system: You are a helpful assistant.
user:
Analyze the provided spectrum to determine if it is a **M-type Giant (gM)**.

A M-type Giant spectrum is defined by its **strong molecular absorption** features, particularly from **Titanium Oxide (TiO)**. You must check for one of the following mutually exclusive signatures:

- **Key Visual Indicators (Absorption-Dominated Spectrum):**

    - **(Primary):** The spectrum is dominated by strong molecular absorption from **Titanium Oxide (TiO)**. This is the **defining feature** of its M-type temperature class.
        - **(Key Bandheads):** Look for sharp, "saw-tooth" absorption valleys. The strongest are located near **~7050 Å**, **~6160 Å**, and **~5170 Å**.
        - **(Line Profile):** The "saw-tooth" morphology is critical: a **sharp, steep drop on the BLUE (short-wavelength) side** of the bandhead, followed by a gradual recovery (rising flux) towards the RED (long-wavelength) side.

    - **(Key Confirmation - Giant vs. Dwarf):** **ABSENCE** of strong **Calcium Hydride (CaH)** molecular bands. This is the primary diagnostic for *excluding* M-dwarfs.
        - **(Key Region):** The spectrum should lack the strong, broad absorption band seen in dwarfs between **~6800 Å and ~7000 Å**.

    - **(Secondary Confirmation - Giant):** A very strong and broad **Neutral Calcium (Ca I)** atomic absorption line.
        - **(Key Line):** Located at **~4226 Å**. In a giant (gM), this line is significantly deeper and broader than the same line in an M-dwarf (dM) due to low surface gravity.

    - **(Overall Spectrum):**
        - The continuum is **extremely red-sloping** (i.e., flux is very low in the blue and rises dramatically towards the red).
        - The entire spectrum appears "chopped up" by the deep TiO bands.

Think first, call **spectral_visualization_tool** if needed to examine features in detail, then provide your final answer. Your response must adhere to the following strict rules:
1.  **Overall Structure:** Your response must follow the format `<think>...</think> <tool_call>...</tool_call> (if a tool is used) <answer>...</answer>`.
2.  **Tool Usage Constraint:** You may only make **one** tool call per turn.
3.  **Final Answer Format:** In the `<answer>` tag, your conclusion must be inside a `\boxed{}` command (e.g., `\boxed{YES}` or `\boxed{NO}`), followed by your justification.

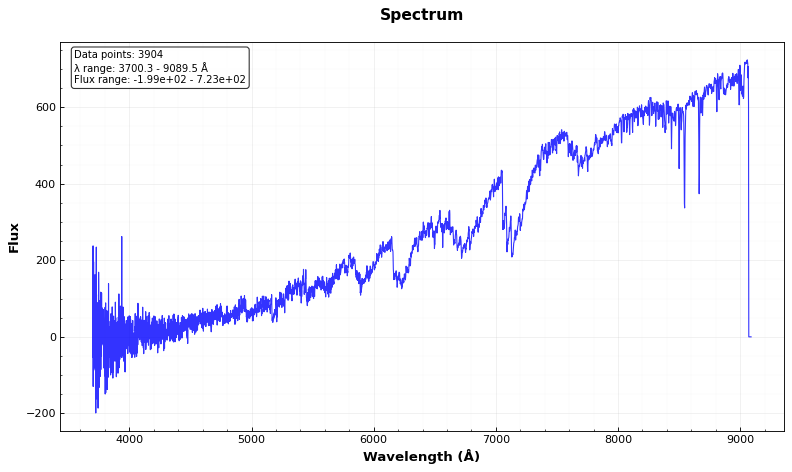
Answer: YES